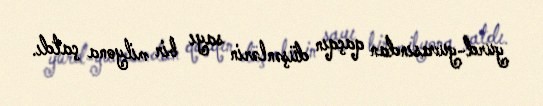
yurd-yuvasından qaçqın düşənlərin sayı bir milyona çatdı.